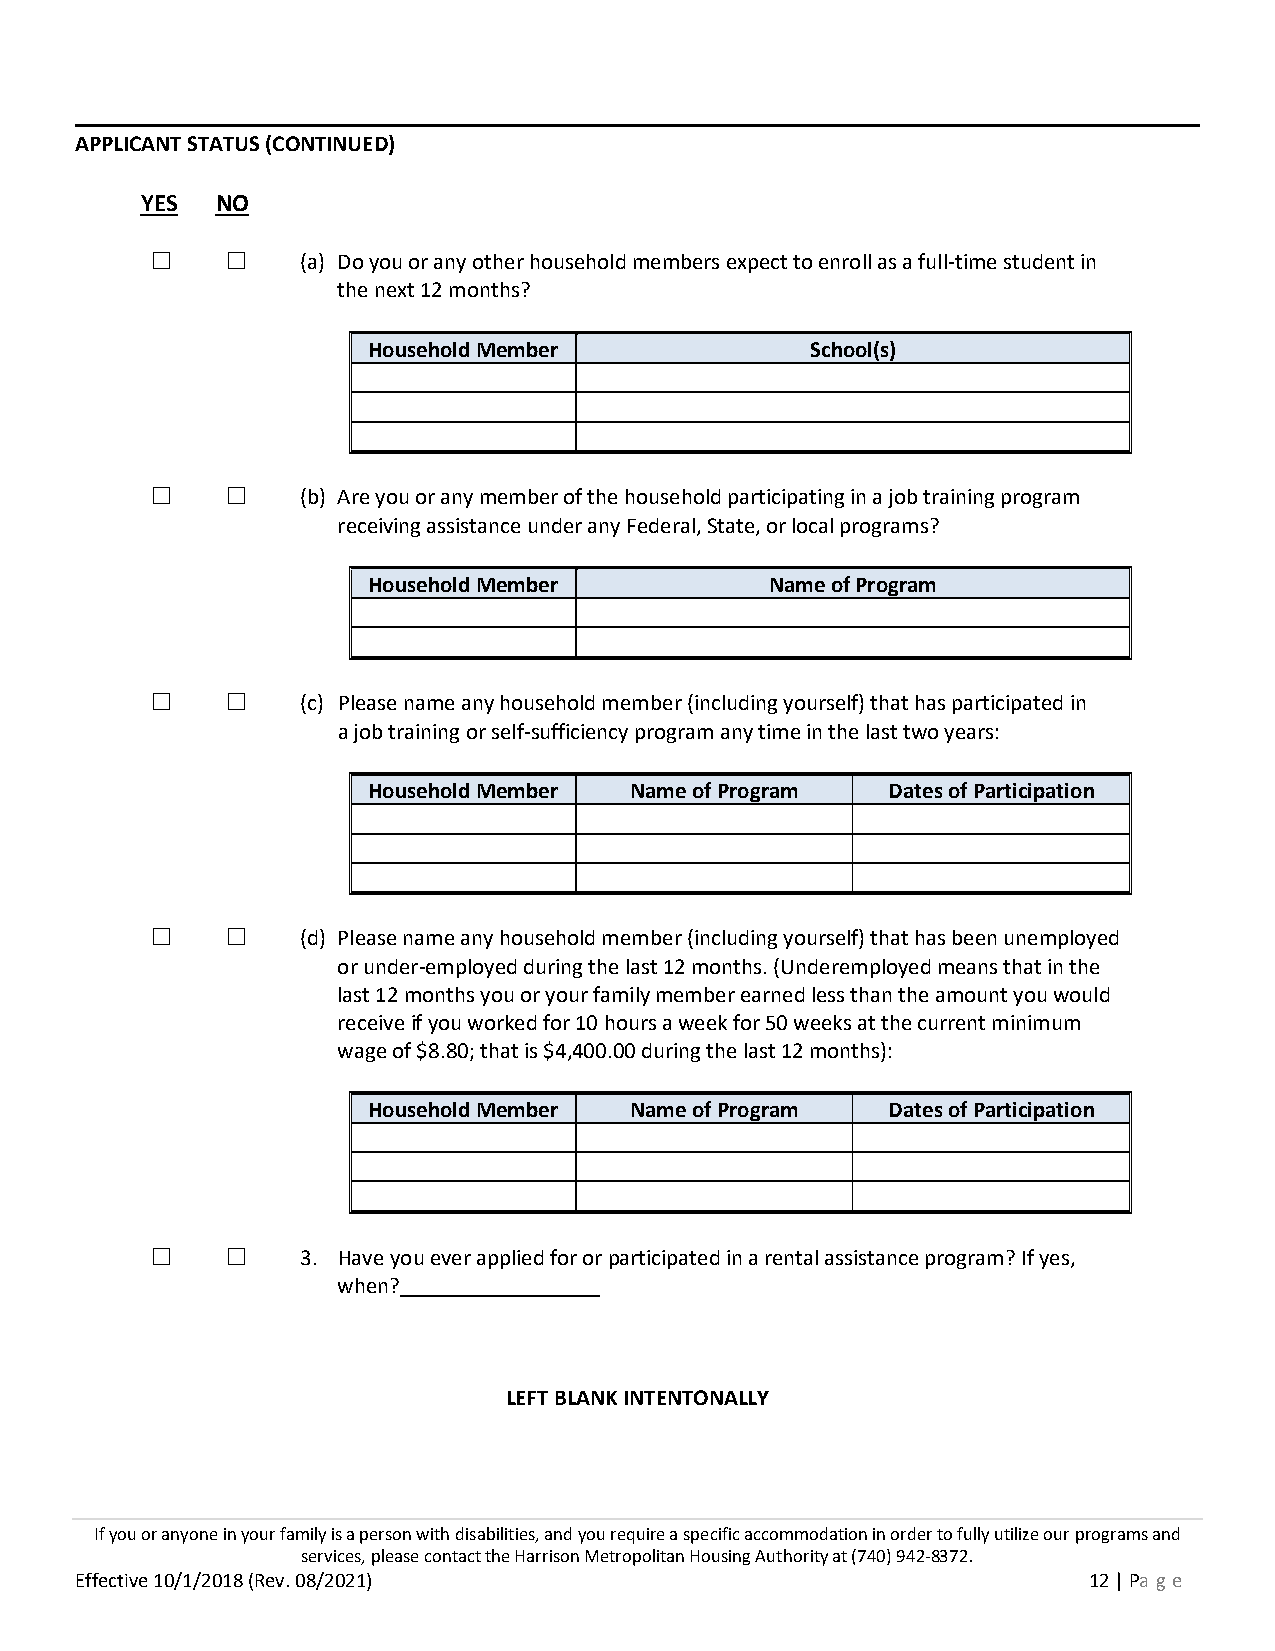
APPLICANT STATUS (CONTINUED)
 YES  NO
 ☐    ☐    (a) Do you or any other household members expect to enroll as a full-time student in
 the next 12 months?
 Household Member              School(s)
 ☐    ☐    (b) Are you or any member of the household participating in a job training program
 receiving assistance under any Federal, State, or local programs?
 Household Member           Name of Program
 ☐    ☐    (c) Please name any household member (including yourself) that has participated in
 a job training or self-sufficiency program any time in the last two years:
 Household Member  Name of Program  Dates of Participation
 ☐    ☐    (d) Please name any household member (including yourself) that has been unemployed
 or under-employed during the last 12 months. (Underemployed means that in the
 last 12 months you or your family member earned less than the amount you would
 receive if you worked for 10 hours a week for 50 weeks at the current minimum
 wage of $8.80; that is $4,400.00 during the last 12 months):
 Household Member  Name of Program  Dates of Participation
 ☐    ☐    3. Have you ever applied for or participated in a rental assistance program? If yes,
 when?
 LEFT BLANK INTENTONALLY
 If you or anyone in your family is a person with disabilities, and you require a specific accommodation in order to fully utilize our programs and
 services, please contact the Harrison Metropolitan Housing Authority at (740) 942-8372.
 Effective 10/1/2018 (Rev. 08/2021)                                 12 | Pa ge